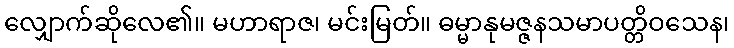
လျှောက်ဆိုလေ၏။ မဟာရာဇ၊ မင်းမြတ်။ ဓမ္မာနုမဇ္ဇနသမာပတ္တိဝသေန၊